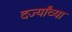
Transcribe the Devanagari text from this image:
दर्ज्यांच्या